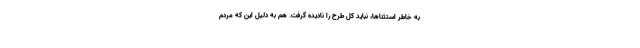
به خاطر استثناها، نباید کل طرح را نادیده گرفت. هم به دلیل این که مردم